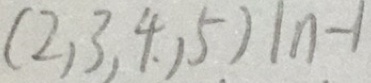
( 2 , 3 , 4 , 5 ) \vert n - 1